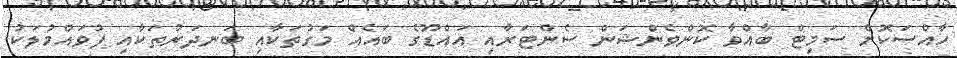
ހާއްސަކޮށް ސަމިޓް ބާއްވާ ކޮންވެންޝަން ސެންޓަރާއި އައްޑޫގެ ބައެއް މަގުތަކާއި ބަނދަރުތަކާއި ފުވައްމުލަކު